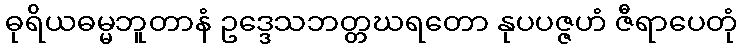
ဓုရိယဓမ္မဘူတာနံ ဥဒ္ဒေသဘတ္တဃရတော နုပပဇ္ဇဟံ ဇီရာပေတုံ